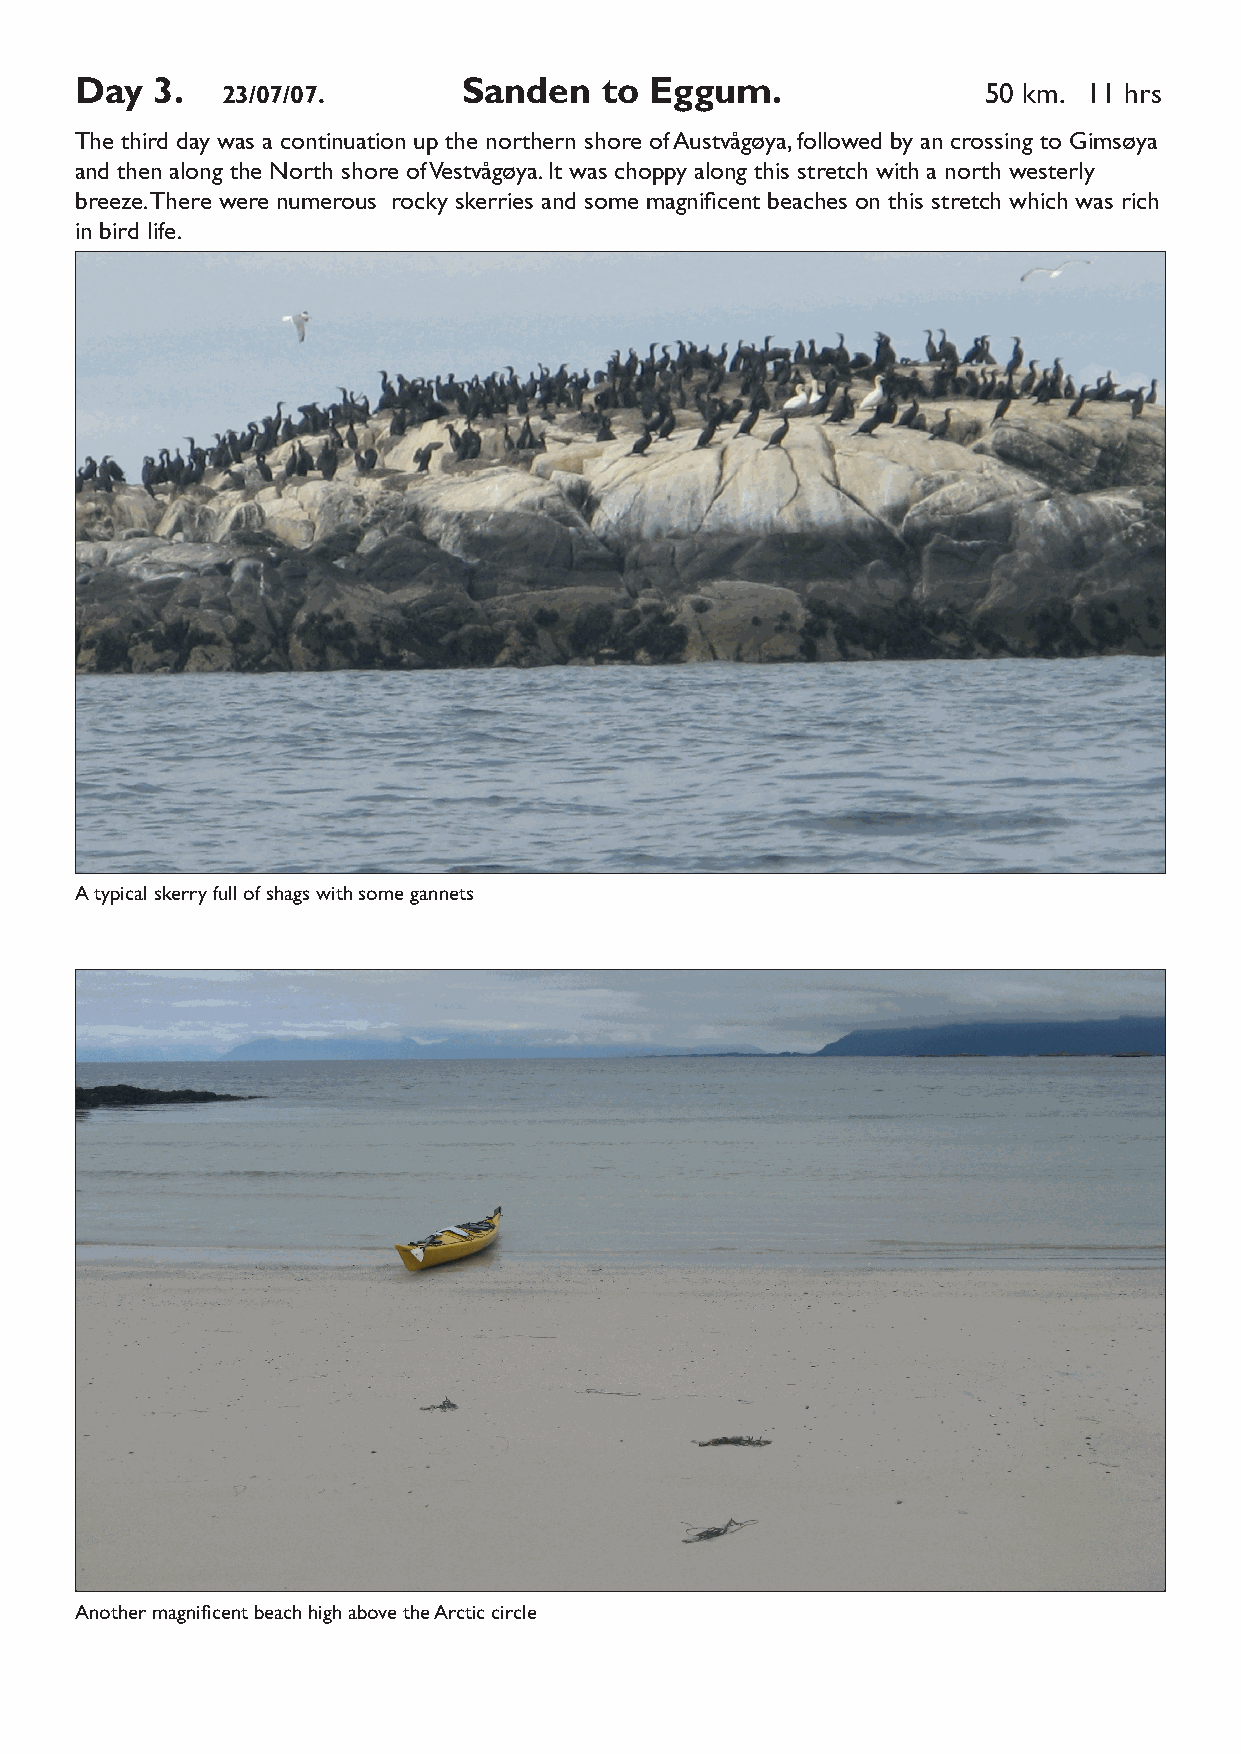
Day  3.   23/07/07.       Sanden   to Eggum.                50 km. 11 hrs
 The third day was a continuation up the northern shore of Austvågøya, followed by an crossing to Gimsøya
 and then along the North shore of Vestvågøya. It was choppy along this stretch with a north westerly
 breeze. There were numerous rocky skerries and some magnificent beaches on this stretch which was rich
 in bird life.
 A typical skerry full of shags with some gannets
 Another magnificent beach high above the Arctic circle